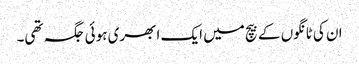
ان کی ٹانگوں کے بیچ میں ایک ابھری ہوئی جگہ تھی۔